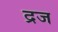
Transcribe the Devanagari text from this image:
द्रज